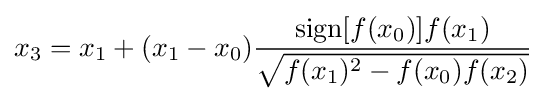
x_{3}=x_{1}+(x_{1}-x_{0}){\frac {\operatorname {sign} [f(x_{0})]f(x_{1})}{\sqrt {f(x_{1})^{2}-f(x_{0})f(x_{2})}}}